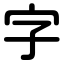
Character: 字